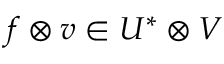
f \otimes v \in U ^ { * } \otimes V